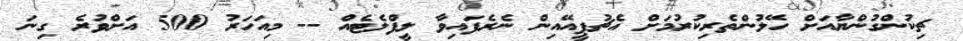
ޗިކުންގުންޔާއަށް ހޭލުންތެރިކުރުމަށް އެޗުޕީއޭއިން ނެރެފައިވާ ލީފްލެޓެއް -- މިއަހަރު 500 އަށްވުރެ ގިނަ